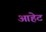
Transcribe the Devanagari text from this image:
आहेट